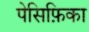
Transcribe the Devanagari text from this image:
पेसिफ़िका